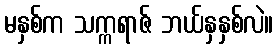
မနှစ်က သက္ကရာဇ် ဘယ်နှနှစ်လဲ။